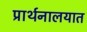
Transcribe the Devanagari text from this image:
प्रार्थनालयात